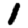
Digit: 1